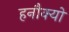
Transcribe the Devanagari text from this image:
हनौक्यो